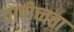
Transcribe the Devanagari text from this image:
तापोच्चता